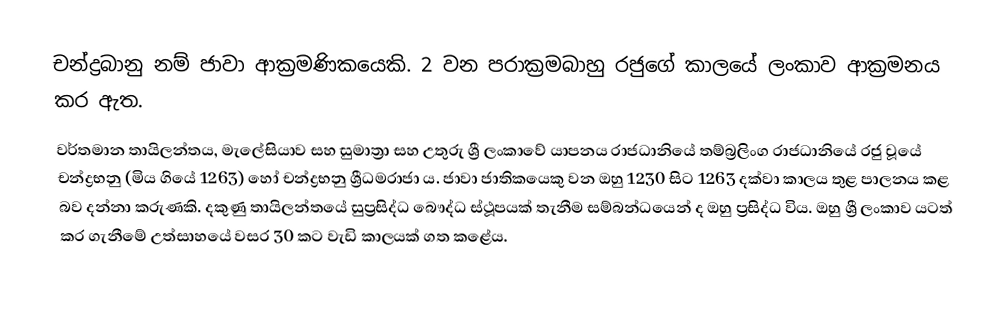
චන්ද්‍රබානු නම් ජාවා ආක්‍රමණිකයෙකි. 2 වන පරාක්‍රමබාහු රජුගේ කාලයේ ලංකාව ආක්‍රමනය කර ඇත.
වර්තමාන තායිලන්තය, මැලේසියාව සහ සුමාත්‍රා සහ උතුරු ශ්‍රී ලංකාවේ යාපනය රාජධානියේ තම්බ්‍රලිංග රාජධානියේ රජු වූයේ චන්ද්‍රභනු (මිය ගියේ 1263) හෝ චන්ද්‍රභනු ශ්‍රීධමරාජා ය. ජාවා ජාතිකයෙකු වන ඔහු 1230 සිට 1263 දක්වා කාලය තුළ පාලනය කළ බව දන්නා කරුණකි. දකුණු තායිලන්තයේ සුප්‍රසිද්ධ බෞද්ධ ස්ථූපයක් තැනීම සම්බන්ධයෙන් ද ඔහු ප්‍රසිද්ධ විය. ඔහු ශ්‍රී ලංකාව යටත් කර ගැනීමේ උත්සාහයේ වසර 30 කට වැඩි කාලයක් ගත කළේය.